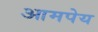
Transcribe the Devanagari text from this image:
आमपेय